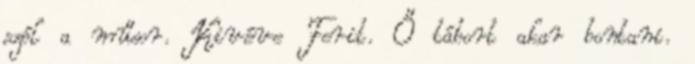
szól a műsor. Kivéve Ferit. Ő tábort akar bontani.